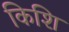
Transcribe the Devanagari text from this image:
किशि